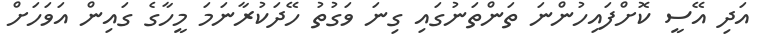
އަދި އޭސީ ކޮށްފައިހުންނަ ތަންތަނުގައި ގިނަ ވަގުތު ހޭދަކުރާނަމަ މީހާގެ ގައިން އަވަހަށް